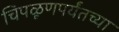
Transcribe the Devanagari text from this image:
चिपळूणपर्यंतच्या